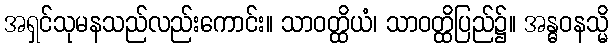
အရှင်သုမနသည်လည်းကောင်း။ သာဝတ္ထိယံ၊ သာဝတ္ထိပြည်၌။ အန္ဓဝနသ္မိ